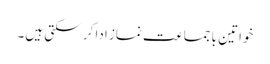
خواتین باجماعت نماز ادا کر سکتی ہیں۔